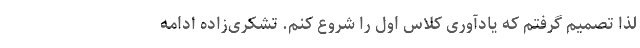
لذا تصمیم گرفتم که یادآوری کلاس اول را شروع کنم. تشکری‌زاده ادامه